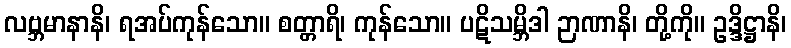
လဗ္ဘမာနာနိ၊ ရအပ်ကုန်သော။ စတ္တာရိ၊ ကုန်သော။ ပဋိသမ္ဘိဒါ ဉာဏာနိ၊ တို့ကို။ ဥဒ္ဒိဋ္ဌာနိ၊